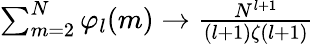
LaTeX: \begin{array}{r}{\sum_{m=2}^{N}\varphi_{l}(m)\to\frac{N^{l+1}}{(l+1)\zeta(l+1)}}\end{array}